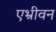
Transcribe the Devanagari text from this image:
एभ्रीवन